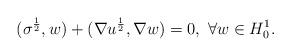
LaTeX: \begin{align*}(\sigma^{\frac12},w)+(\nabla u^{\frac12},\nabla w)=0,~\forall w\in H_0^1.\end{align*}